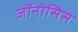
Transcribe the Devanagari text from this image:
जॉनोसिस